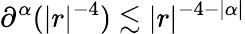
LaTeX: \partial^{\alpha}(|r|^{-4})\lesssim|r|^{-4-|\alpha|}